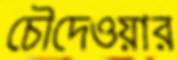
চৌদেওয়ার